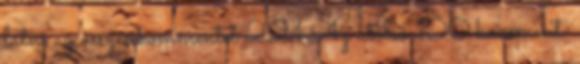
látni az összes kommentet 221 Az utolsó 100 komment: